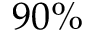
9 0 \%